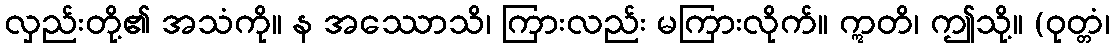
လှည်းတို့၏ အသံကို။ န အဿောသိ၊ ကြားလည်း မကြားလိုက်။ ဣတိ၊ ဤသို့။ (ဝုတ္တံ၊